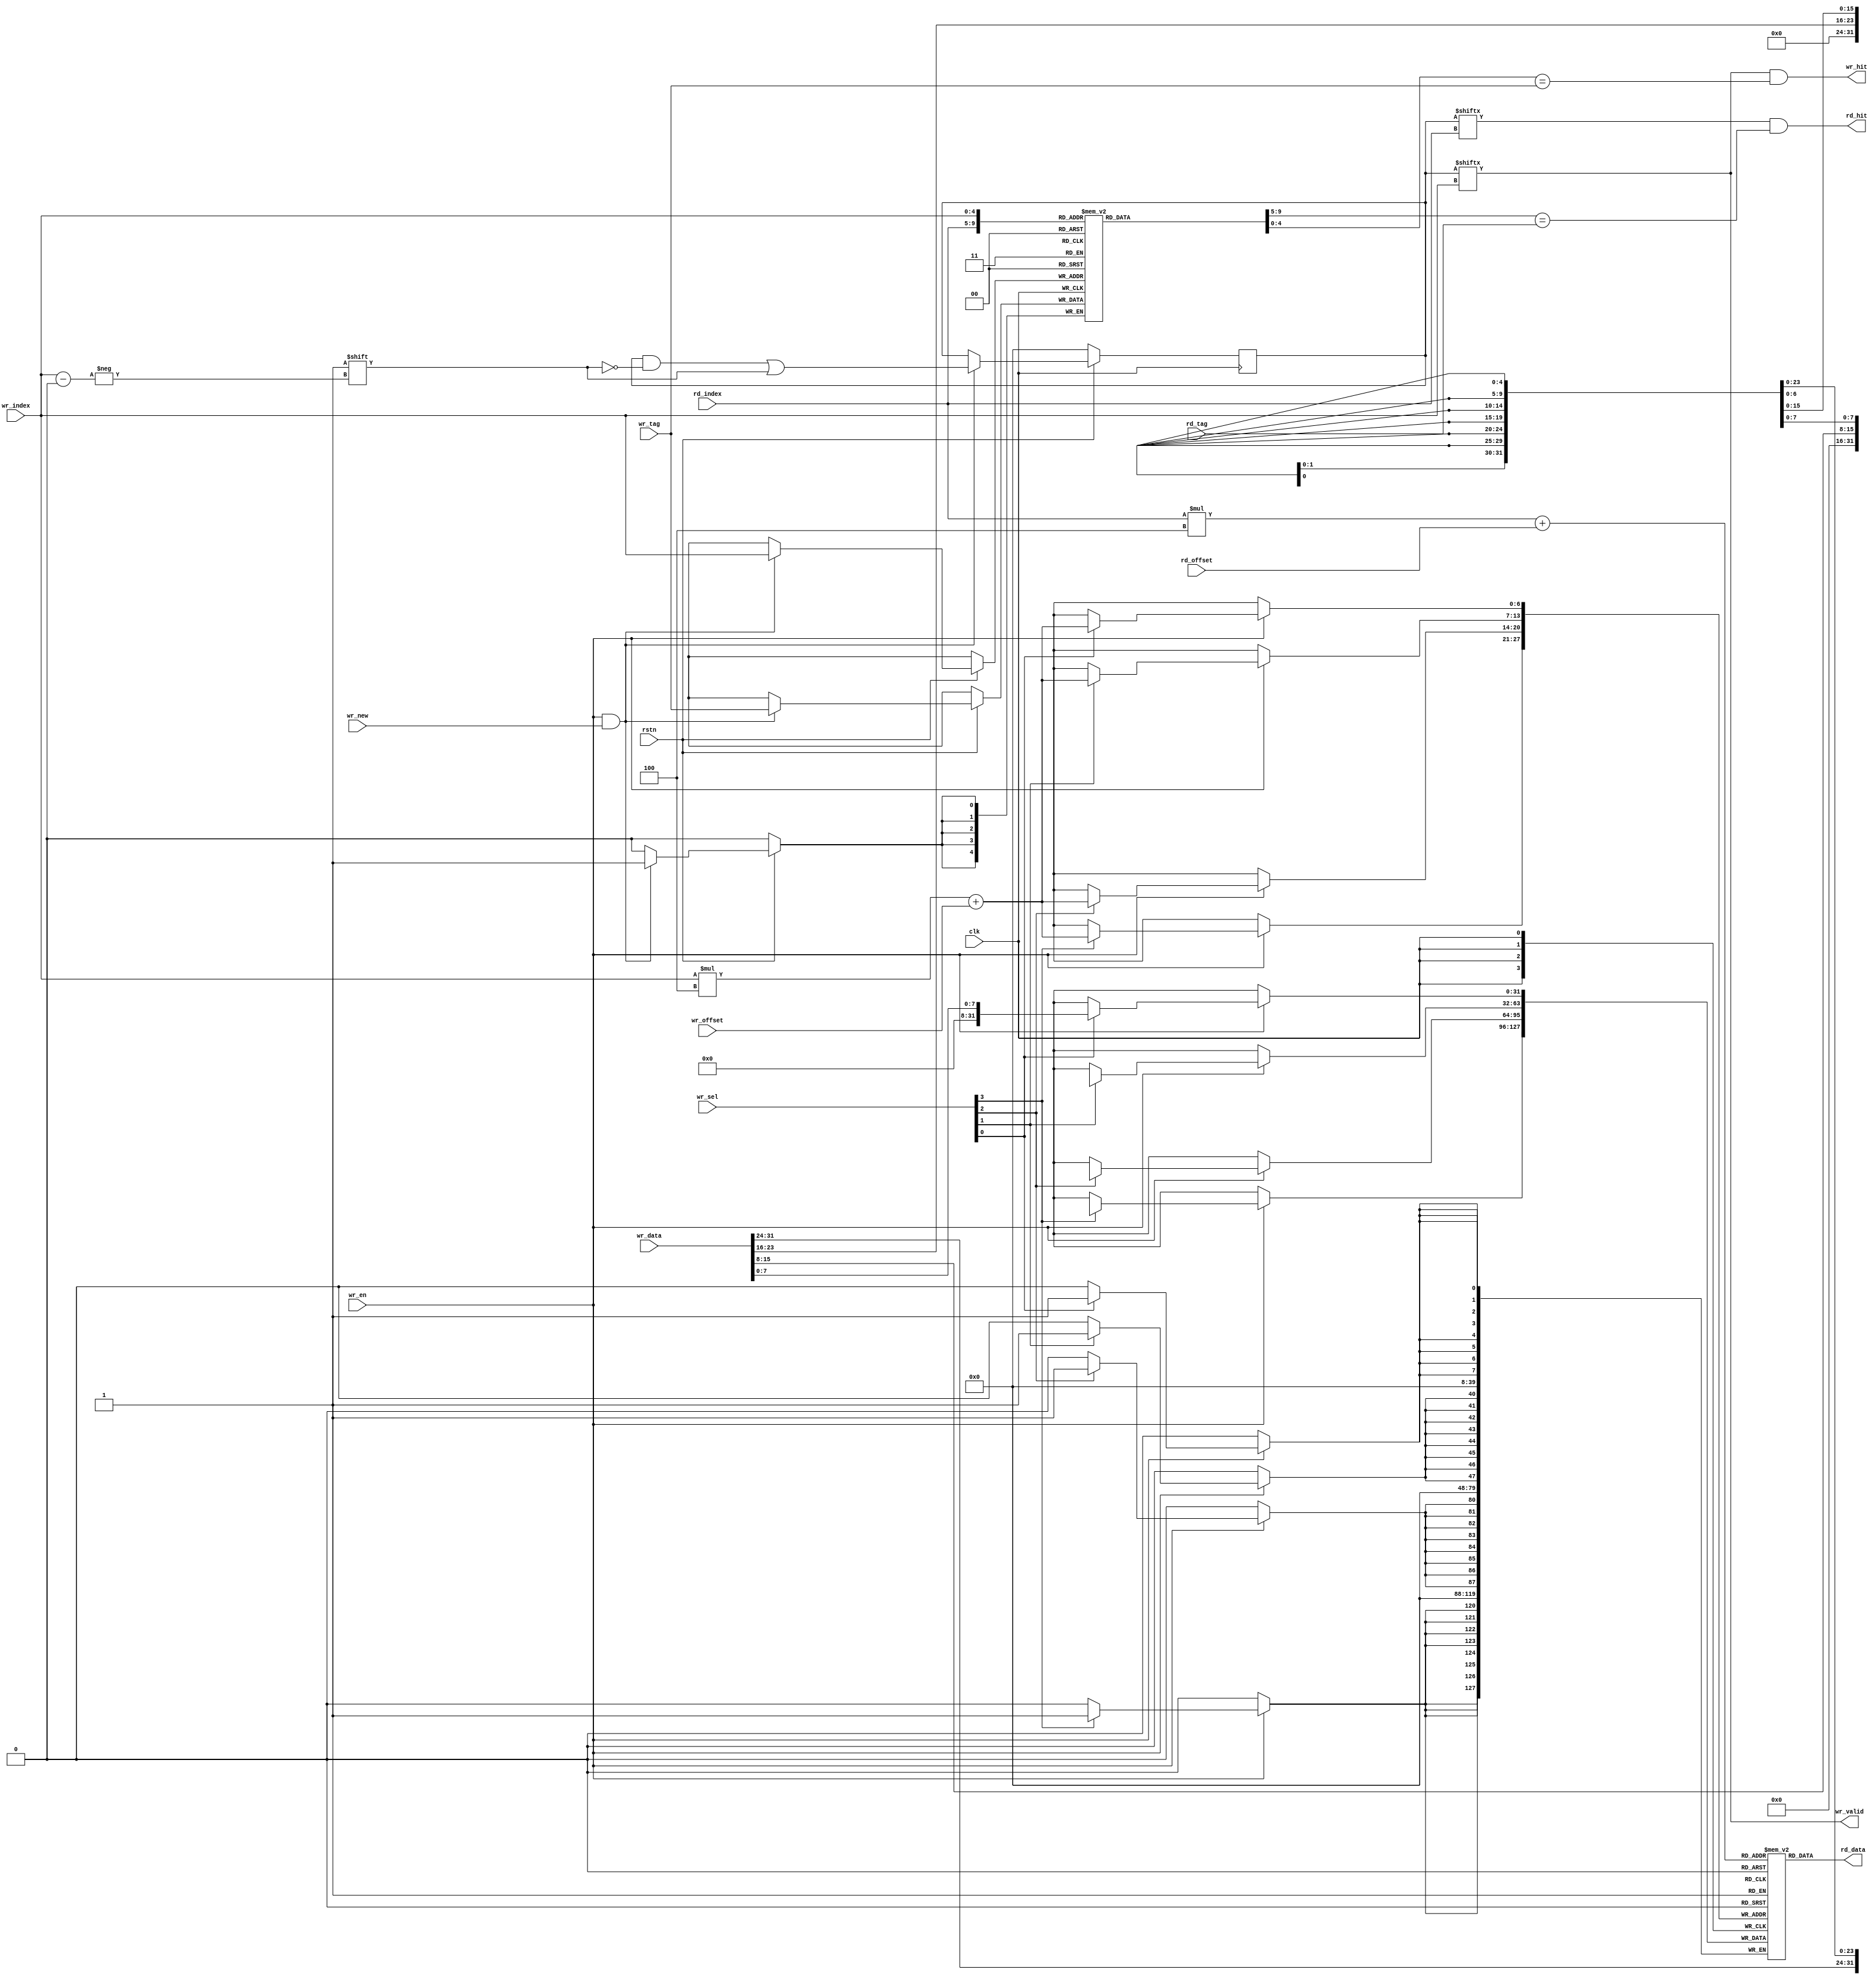
module cache_block #(
    parameter DATA_WIDTH        = 32,       // Number of bits in each word
    parameter OFFSET_WIDTH      = 2,        // Number of bits in the word address offset
    parameter INDEX_WIDTH       = 5,        // Number of bits in the cache index
    parameter TAG_WIDTH         = 5         // Number of bits in the cache tag
) (
    input                   clk,
    input                   rstn,

    input[INDEX_WIDTH-1:0]  rd_index,
    input[OFFSET_WIDTH-1:0] rd_offset,
    input[TAG_WIDTH-1:0]    rd_tag,
    output                  rd_hit,
    output[DATA_WIDTH-1:0]  rd_data,

    input[INDEX_WIDTH-1:0]  wr_index,
    input[OFFSET_WIDTH-1:0] wr_offset,
    input[TAG_WIDTH-1:0]    wr_tag,
    input[DATA_WIDTH-1:0]   wr_data,        // Data to write
    input[DATA_WIDTH/8-1:0] wr_sel,         // Which bytes to write?
    input                   wr_en,          // Write data into cache location
    input                   wr_new,         // Writing a new block (for valid and tag bits)
    output                  wr_hit,
    output                  wr_valid
);
    localparam NUM_SETS     = 2 ** INDEX_WIDTH;
    localparam LINE_WIDTH   = 2 ** OFFSET_WIDTH;

    // Cache tag, valid bits and data memories
    reg[TAG_WIDTH-1:0]      cache_tag_mem [NUM_SETS-1:0];
    reg[NUM_SETS-1:0]       cache_valid_mem             = 0;
    reg[DATA_WIDTH-1:0]     cache_data_mem[NUM_SETS-1:0][LINE_WIDTH-1:0];

    // Cache hit signals
    assign rd_hit = (cache_valid_mem[rd_index] && (cache_tag_mem[rd_index] == rd_tag));
    assign wr_hit = (cache_valid_mem[wr_index] && (cache_tag_mem[wr_index] == wr_tag));
    assign wr_valid = (cache_valid_mem[wr_index]);

    // Cache read
    assign rd_data = cache_data_mem[rd_index][rd_offset];

    // Cache data write
    integer i;
    always @(posedge clk)
        if(wr_en)
            for(i = 0; i < DATA_WIDTH/8; i = i + 1)
                if(wr_sel[i])
                    cache_data_mem[wr_index][wr_offset][i*8+:8] = wr_data[i*8+:8];
    // always @(posedge clk)
    //     if(wr_en)
    //         cache_data_mem[wr_index][wr_offset] = wr_data;

    // Cache tag and valid write
    always @(posedge clk)
        if(~rstn)
            cache_valid_mem <= 0;
        else if(wr_en && wr_new) begin
            cache_valid_mem[wr_index]   <= 1'b1;
            cache_tag_mem[wr_index]     <= wr_tag;
        end

endmodule